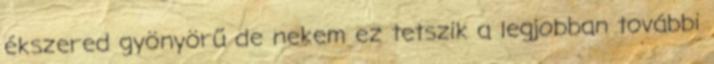
ékszered gyönyörű de nekem ez tetszik a legjobban további